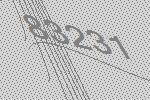
83231